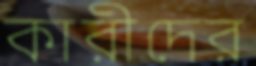
কারীদের